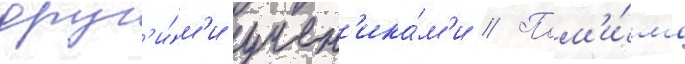
друг'и́м'и учен'ика́м'и // Пом'и́мо